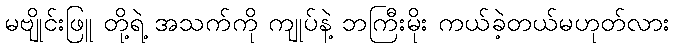
မဗျိုင်းဖြူ တို့ရဲ့ အသက်ကို ကျုပ်နဲ့ ဘကြီးမိုး ကယ်ခဲ့တယ်မဟုတ်လား